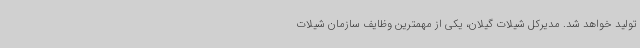
تولید خواهد شد. مدیرکل شیلات گیلان، یکی از مهمترین وظایف سازمان شیلات